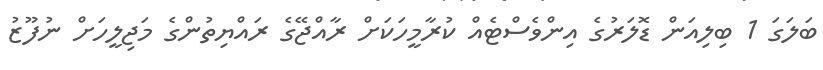
ބަލަގަ 1 ބިލިއަން ޑޮލަރުގެ އިންވެސްޓެއް ކުރާމީހަކަށް ރާއްޖޭގެ ރައްޔިތުންގެ މަޖިލީހަށް ނުފޫޒު